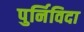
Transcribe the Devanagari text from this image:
पुर्निविदा